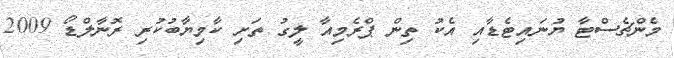
މެންޗެސްޓާ ޔުނައިޓެޑާއި އެކު ތިން ޕްރެމިއާ ލީގު ތަށި ކާމިޔާބުކުރި ރޮނާލްޑޯ 2009